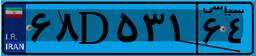
۶۸D۵۳۱۶۴